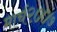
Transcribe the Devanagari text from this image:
मार्च२००७